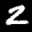
Label: 2